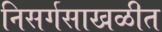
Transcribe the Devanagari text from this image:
निसर्गसाखळीत